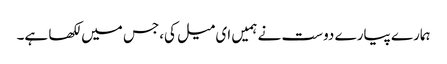
ہمارے پیارے دوست نے ہمیں ای میل کی،جس میں لکھا ہے۔